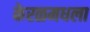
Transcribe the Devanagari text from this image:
केरळमधला